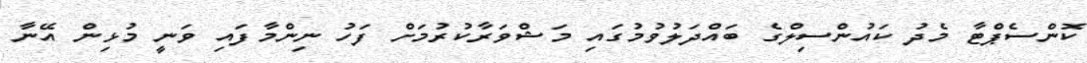
ކޮންސެޕްޓާ މެދު ކައުންސިލްގެ ބައްދަލުވުމުގައި މަޝްވަރާކުރުމަށް ފަހު ނިންމާފައި ވަނީ މުޅިން އޭނާ